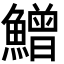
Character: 鱛